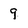
Character: 9